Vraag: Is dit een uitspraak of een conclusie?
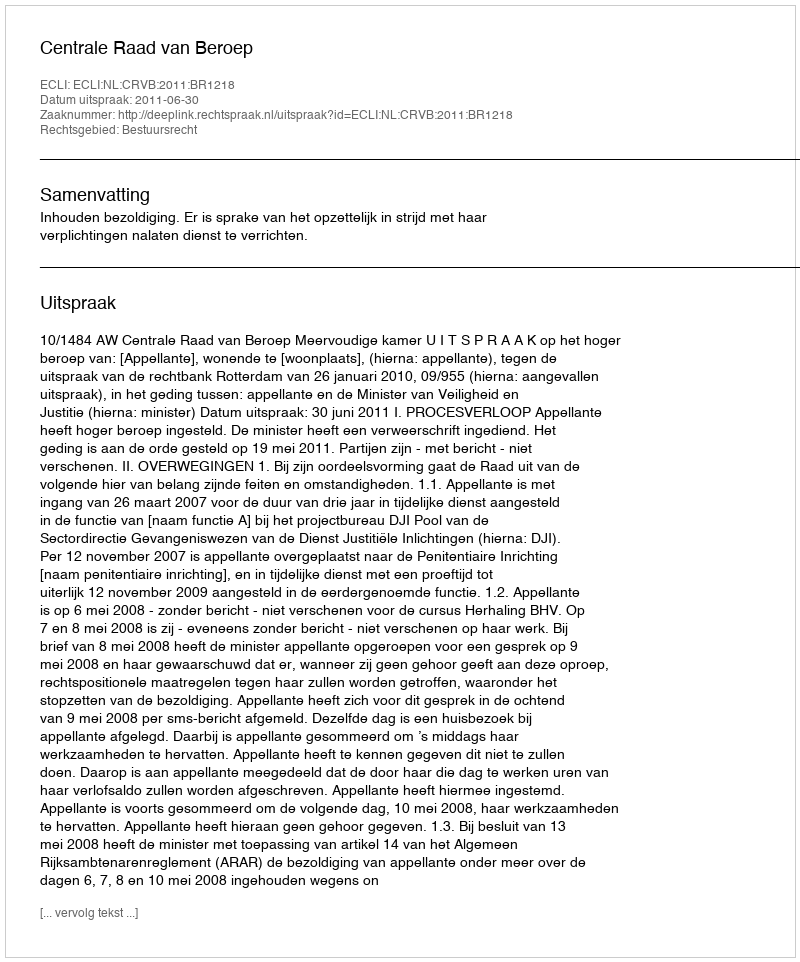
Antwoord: Uitspraak